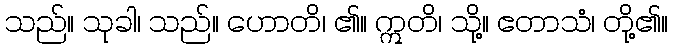
သည်။ သုခါ၊ သည်။ ဟောတိ၊ ၏။ ဣတိ၊ သို့။ ဧတာသံ၊ တို့၏။